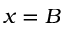
x = B